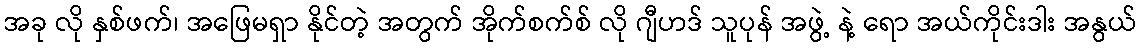
အခု လို နှစ်ဖက်၊ အဖြေမရှာ နိုင်တဲ့ အတွက် အိုက်စက်စ် လို ဂျီဟဒ် သူပုန် အဖွဲ့ နဲ့ ရော အယ်ကိုင်းဒါး အနွယ်